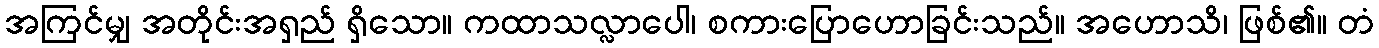
အကြင်မျှ အတိုင်းအရှည် ရှိသော။ ကထာသလ္လာပေါ၊ စကားပြောဟောခြင်းသည်။ အဟောသိ၊ ဖြစ်၏။ တံ